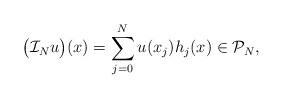
\begin{align*}\big({\mathcal I}_Nu\big)(x)=\sum_{j=0}^N u(x_j) h_j(x)\in {\mathcal P}_N, \end{align*}